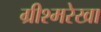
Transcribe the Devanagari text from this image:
ग्रीश्मरेखा